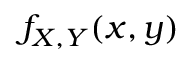
f _ { X , Y } ( x , y )